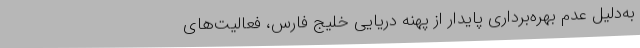
به‌دلیل عدم بهره‌برداری پایدار از پهنه دریایی خلیج فارس، فعالیت‌های